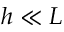
h \ll L